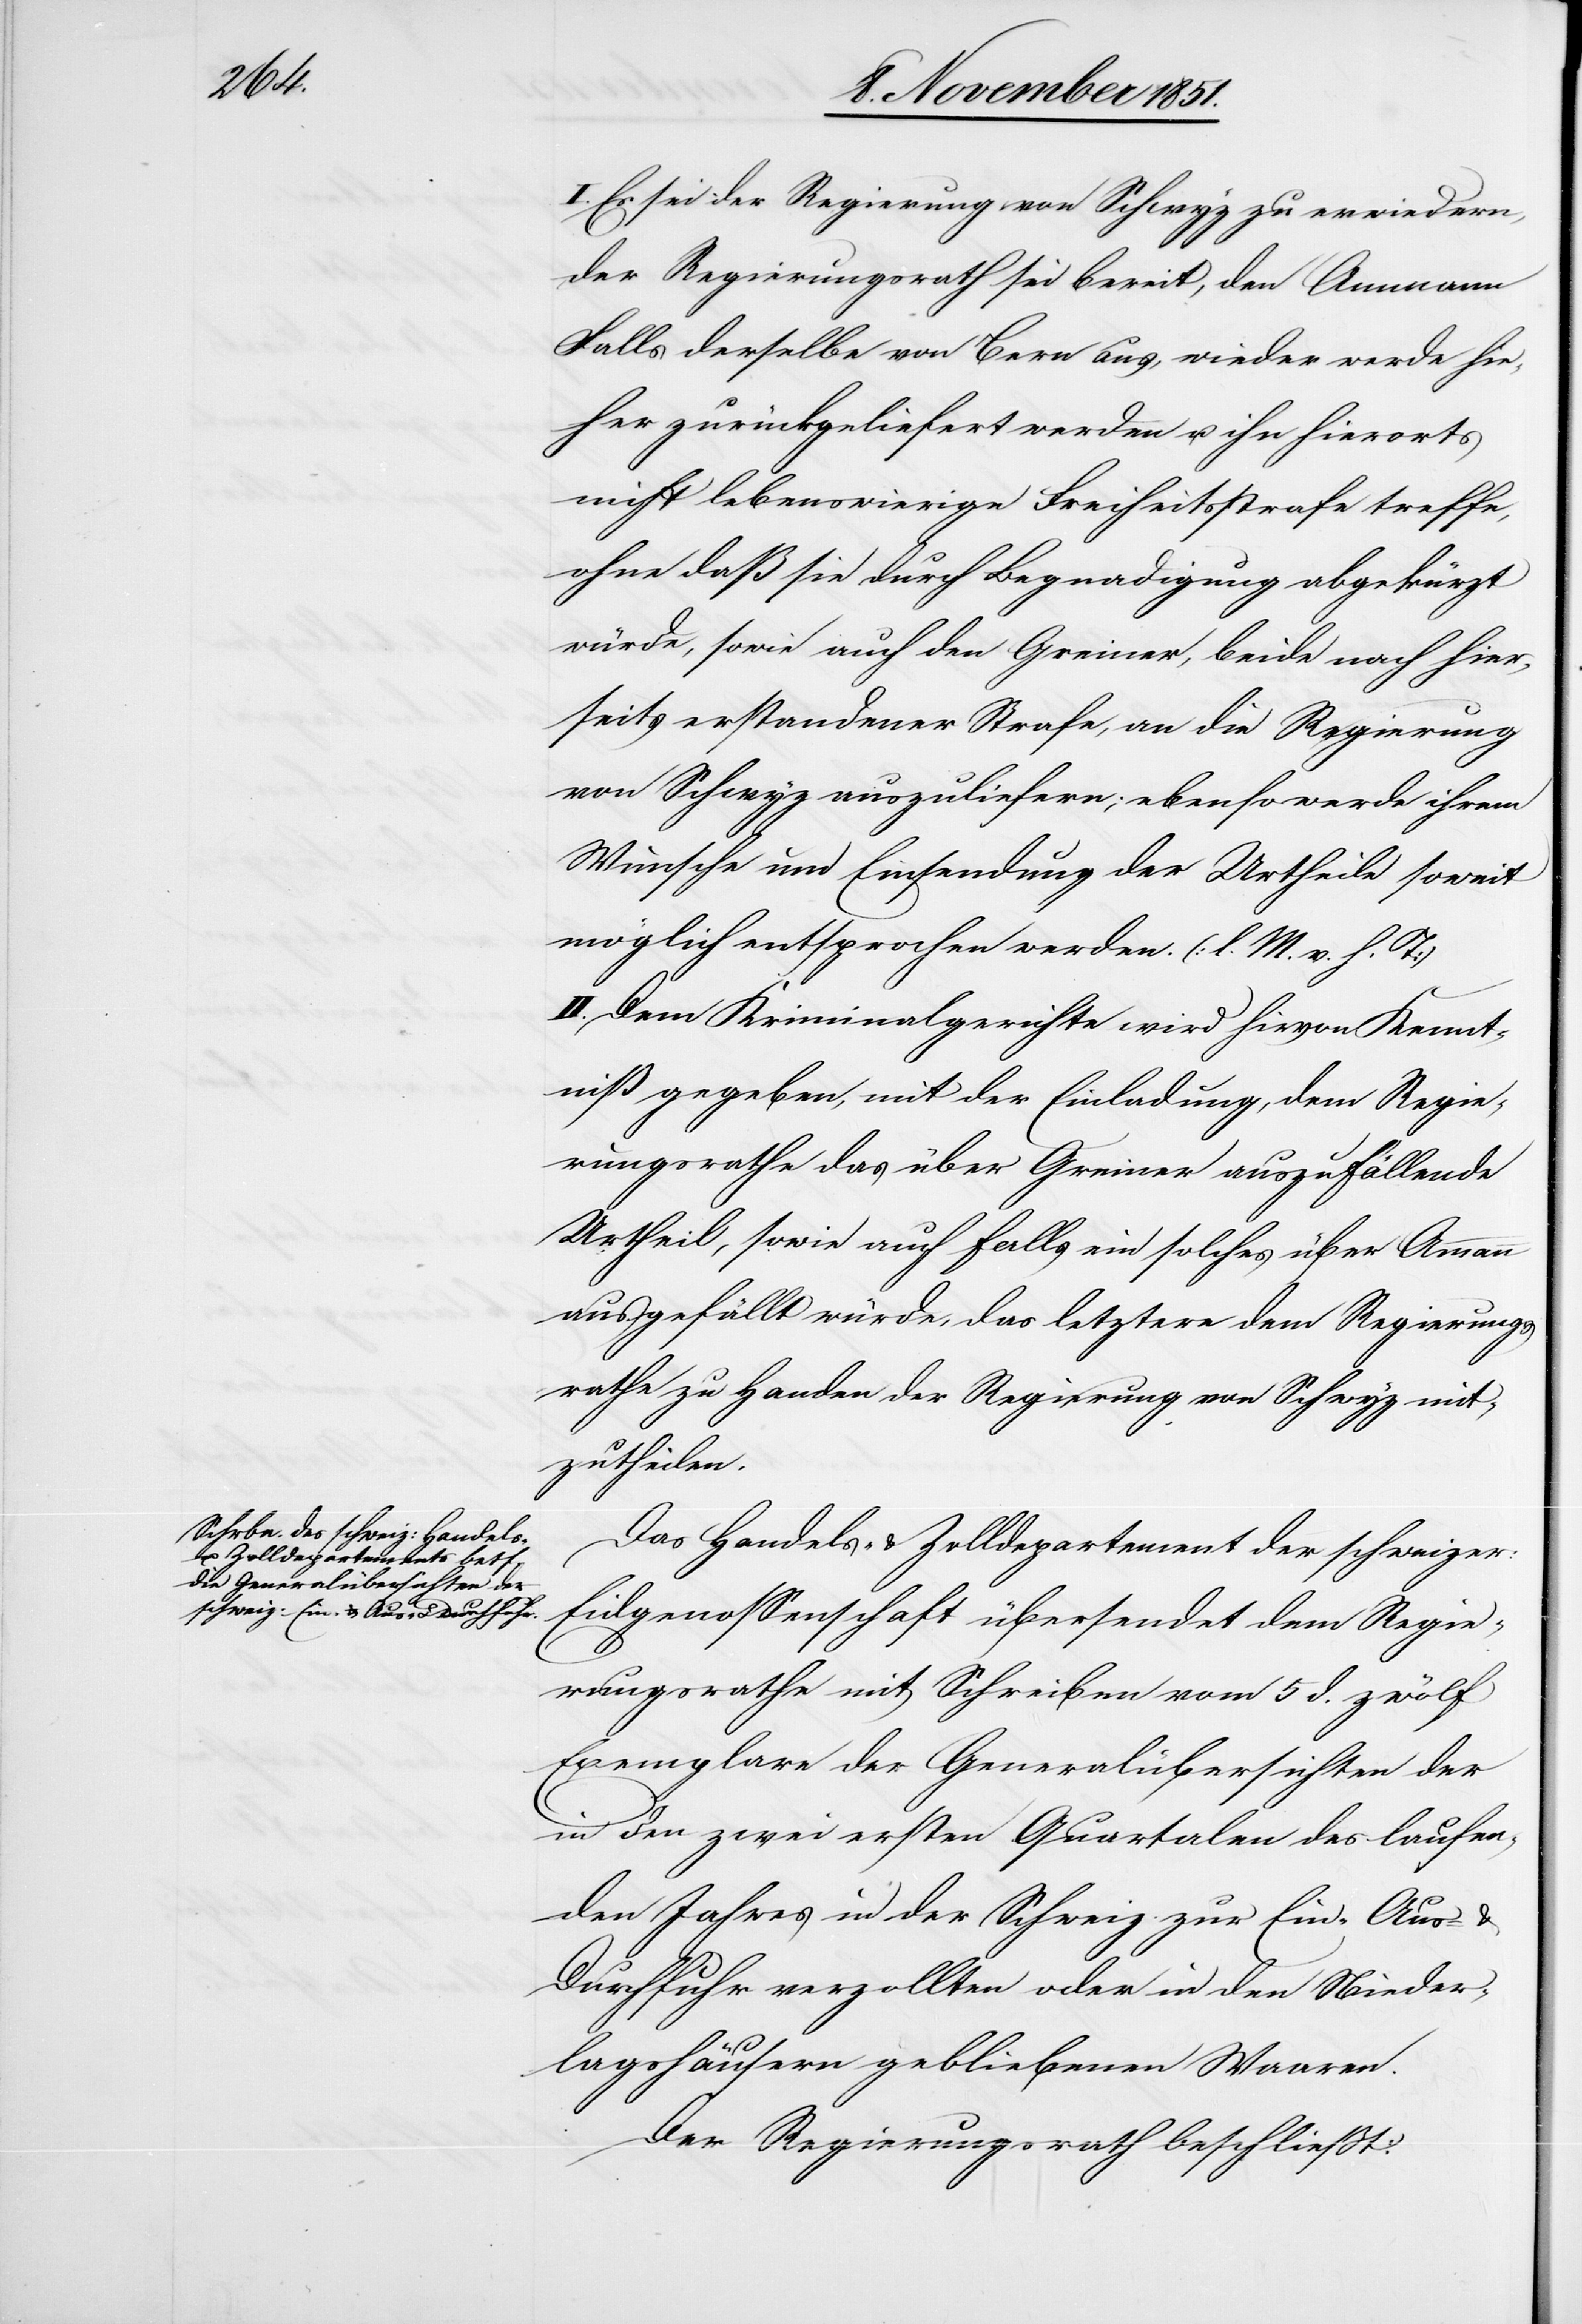
I. Es sei der Regierung von Schwyz zu erwiedern,
der Regierungsrath sei bereit, den Ammann
Falls derselbe von Bern aus, wieder werde hie¬
her zurückgeliefert werden u. ihn hierorts
nicht lebenswierige Freiheitsstrafe treffe,
ohne daß sie durch Begnadigung abgekürzt
würde, sowie auch den Greiner, beide nach hier¬
seits erstandener Strafe, an die Regierung
von Schwyz auszuliefern; ebenso werde ihrem
Wunsche um Einsendung der Urtheile soweit
möglich entsprochen werden. (l. M. v. h. T)
II. Dem Kriminalgerichte wird hievon Kennt¬
niß gegeben, mit der Einladung, dem Regie¬
rungsrathe das über Greiner auszufällende
Urtheil, sowie auch Falls ein solches über Ammann
ausgefällt würde, das letztere dem Regierungs¬
rathe zu Handen der Regierung von Schwyz mit¬
zutheilen.
Das Handels- & Zolldepartement der schweizer:
Eidgenossenschaft übersendet dem Regie¬
rungsrathe mit Schreiben vom 5 d. zwölf
Exemplare der Generalübersichten der
in den zwei ersten Quartalen des laufen¬
den Jahres in der Schweiz zur Ein-[,] Aus-
Durchfuhr verzollten oder in den Nieder¬
lagshäusern gebliebenen Waaren.
Der Regierungsrath beschließt: